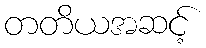
တတိယအဆင့်